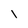
Character: l